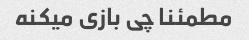
مطمئنا چی بازی میکنه